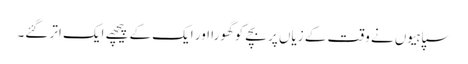
سپاہیوں نے وقت کے زیاں پر بچے کو گھورا اور ایک کے پیچھے ایک اتر گئے۔